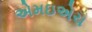
એમઇએચ